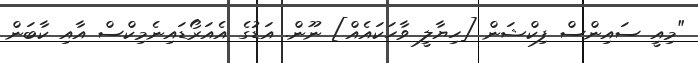
"މިއީ ސައިންސް ފިކްޝަން [ހިޔާލީ ވާހަކައެއް] ނޫން. އަޑުގެ އެއަރޯޑައިނެމިކްސް އާއި ކާބަން